Report on sanitation, dispensaries, and jails in Rajputana for 1918, and on vaccination for the year 1918-1919 - 1918-1919
Year: 1918
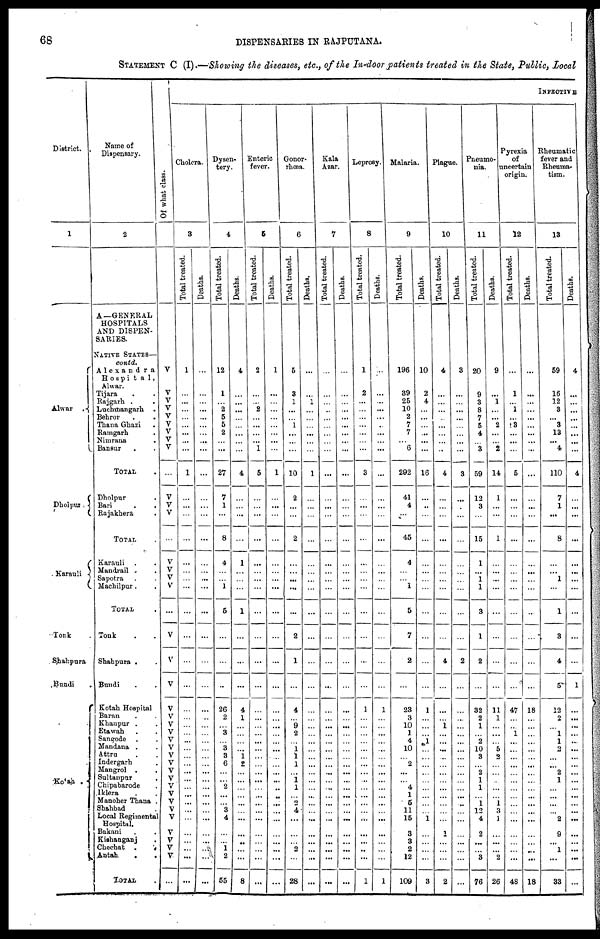
68
DISPENSARIES IN RAJPUTANA.
STATEMENT C (I).—Showing the diseases, etc., of the In-door patients treated in the State, Public, Local
District.
1
Alwar
.
Dholpur
Karauli
Tonk .
Shahpura
Bundi .
Kotah
.
Name of
Dispensary.
2
A—GENERAL
HOSPITALS
AND DISPEN-
SARIES.
NATIVE STATES—
contd.
Alexandra
Hospital,
Alwar.
Tijara . .
Rajgarh . .
Luchmangarh .
Behror . .
Thana Ghazi .
Ramgarh .
Nimrana .
Bansur . .
TOTAL .
Dholpur .
Bari . .
Rajakhera .
TOTAL .
Karauli . .
Mandrail
.
Sapotra . .
Machilpur . .
TOTAL .
Tonk . .
Shahpura . .
Bundi . .
Kotah Hospital
Baran . .
Khanpur . .
Etawah . .
Sangode . .
Mandana . .
Attru . .
Indergarh .
Mangrol . .
Sultanpur .
Chipabarode .
Iklera . .
Manoher Thana .
Shahbad .
Local Regimental
Hospital.
Bakani . .
Kishanganj .
Chechat .
.
Antah . .
TOTAL .
Of what class.
V
V
V
V
V
V
V
V
V
...
V
V
V
...
V
V
V
V
...
V
V
V
V
V
V
V
V
V
V
V
V
V
V
V
V
V
V
V
V
V
V
...
INFECTIVE
Cholera.
3
Total treated.
1
...
...
...
...
...
...
...
...
1
...
...
...
...
...
...
...
...
...
...
...
...
...
...
...
...
...
...
...
...
...
...
...
...
...
...
...
...
...
...
...
...
Deaths.
...
...
...
...
...
...
...
...
...
...
...
...
...
...
...
...
...
...
...
...
...
...
...
...
...
...
...
...
...
...
...
...
...
...
...
...
...
...
...
...
...
...
Dysen-
tery.
4
Total treated.
12
1
...
2
5
5
2
...
...
27
7
1
...
8
4
...
...
1
5
...
...
...
26
2
...
3
...
3
3
6
...
...
2
...
...
3
4
...
...
1
2
55
Deaths.
4
...
...
...
...
...
...
...
...
4
...
...
...
...
1
...
...
...
1
...
...
...
4
1
...
...
...
...
1
2
...
...
...
...
...
...
...
...
...
...
...
8
Enteric
fever.
5
Total treated.
2
...
...
2
...
...
...
... 1
5
...
...
...
...
...
...
...
...
1
...
...
...
...
...
...
...
...
...
...
...
...
...
...
...
...
...
...
...
...
...
...
...
Deaths.
1
...
...
...
...
...
...
...
...
1
...
...
...
...
...
...
...
...
...
...
...
...
...
...
...
...
...
...
...
...
...
...
...
...
...
...
...
...
...
...
...
...
Gonor-
rhœa.
6
Total treated.
5
3
1
...
...
1
...
...
...
10
2
...
...
2
...
...
...
...
...
2
1
...
4
...
9
2
...
1
1
1
...
1
1
...
2
4
...
...
...
2
...
28
Deaths.
...
...
1
...
...
...
...
...
...
1
...
...
...
...
...
...
...
...
...
...
...
...
...
...
...
...
...
...
...
...
...
...
...
...
...
...
...
...
...
...
...
...
Kala
Azar.
7
Total treated.
...
...
...
...
...
...
...
...
...
...
...
...
...
...
...
...
...
...
...
...
...
...
...
...
...
...
...
...
...
...
...
...
...
...
...
...
...
...
...
...
...
...
Deaths.
...
...
...
...
...
...
...
...
...
...
...
...
...
...
...
...
...
...
...
...
...
...
...
...
...
...
...
...
...
...
...
...
...
...
...
...
...
...
...
...
...
...
Leprosy.
8
Total treated.
1
2
...
...
...
...
...
...
...
3
...
...
...
...
...
...
...
...
...
...
...
...
1
...
...
...
...
...
...
...
...
...
...
...
...
...
...
...
...
...
...
1
Deaths.
...
...
...
...
...
...
...
...
...
...
...
...
...
...
...
...
...
...
...
...
...
...
1
...
...
...
...
...
...
...
...
...
...
...
...
...
...
...
...
...
...
1
Malaria.
9
Total treated.
196
39
25
10
2
7
7
... 6
292
41
4
...
45
4
...
...
1
5
7
2
...
23
3
10
1
4
10
...
2
...
...
4
1
5
11
15
3
3
2
12
109
Deaths.
10
2
4
...
...
...
...
...
...
16
...
...
...
...
...
...
...
...
...
...
...
...
1
...
...
...
1
...
...
...
...
...
...
...
...
...
1
...
...
...
...
3
Plague.
10
Total treated.
4
...
...
...
...
...
...
...
...
4
...
...
...
...
...
...
...
...
...
...
4
...
...
...
1
...
...
...
...
...
...
...
...
...
...
...
...
1
...
...
...
2
Deaths.
3
...
...
...
...
...
...
...
...
3
...
...
...
...
...
...
...
...
...
...
2
...
...
...
...
...
...
...
...
...
...
...
...
...
...
...
...
...
...
...
...
...
Pneumo-
nia.
11
Total treated.
20
9
3
8
7
5
4
... 3
59
12
3
...
15
1
...
1
1
3
1
2
...
32
2
1
...
2
10
3
...
2
1
1
...
1
12
4
2
...
...
3
76
Deaths.
9
...
1
...
...
2
...
... 2
14
1
...
...
1
...
...
...
...
...
...
...
...
11
1
...
...
...
5
2
...
...
...
...
...
1
3
1
...
...
...
2
26
Pyrexia
of
uncertain
origin.
12
Total treated.
...
1
...
1
...
3
...
...
...
5
...
...
...
...
...
...
...
...
...
...
...
...
47
...
...
1
...
...
...
...
...
...
...
...
...
...
...
...
...
...
...
48
Deaths.
...
...
...
...
...
...
...
...
...
...
...
...
...
...
...
...
...
...
...
...
...
...
18
...
...
...
...
...
...
...
...
...
...
...
...
...
...
...
...
...
...
18
Rheumatic
fever and
Rheuma-
tism.
13
Total treated.
59
16
12
3
...
3
13
... 4
110
7
1
...
8
...
...
1
...
1
3
4
5
12
2
...
1
1
2
...
...
2
1
...
...
...
...
2
9
...
1
...
33
Deaths.
4
...
...
...
...
...
...
...
...
4
...
...
...
...
...
...
...
...
...
...
...
1
...
...
...
...
...
...
...
...
...
...
...
...
...
...
...
...
...
...
...
...